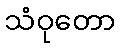
သံဝုတော